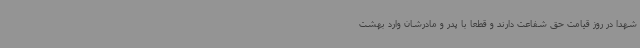
شهدا در روز قیامت حق شفاعت دارند و قطعاً با پدر و مادرشان وارد بهشت